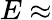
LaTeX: E\approx